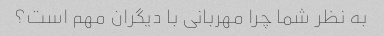
به نظر شما چرا مهربانی با دیگران مهم است؟